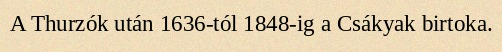
A Thurzók után 1636-tól 1848-ig a Csákyak birtoka.